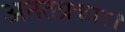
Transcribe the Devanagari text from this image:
अनतप्रकार।